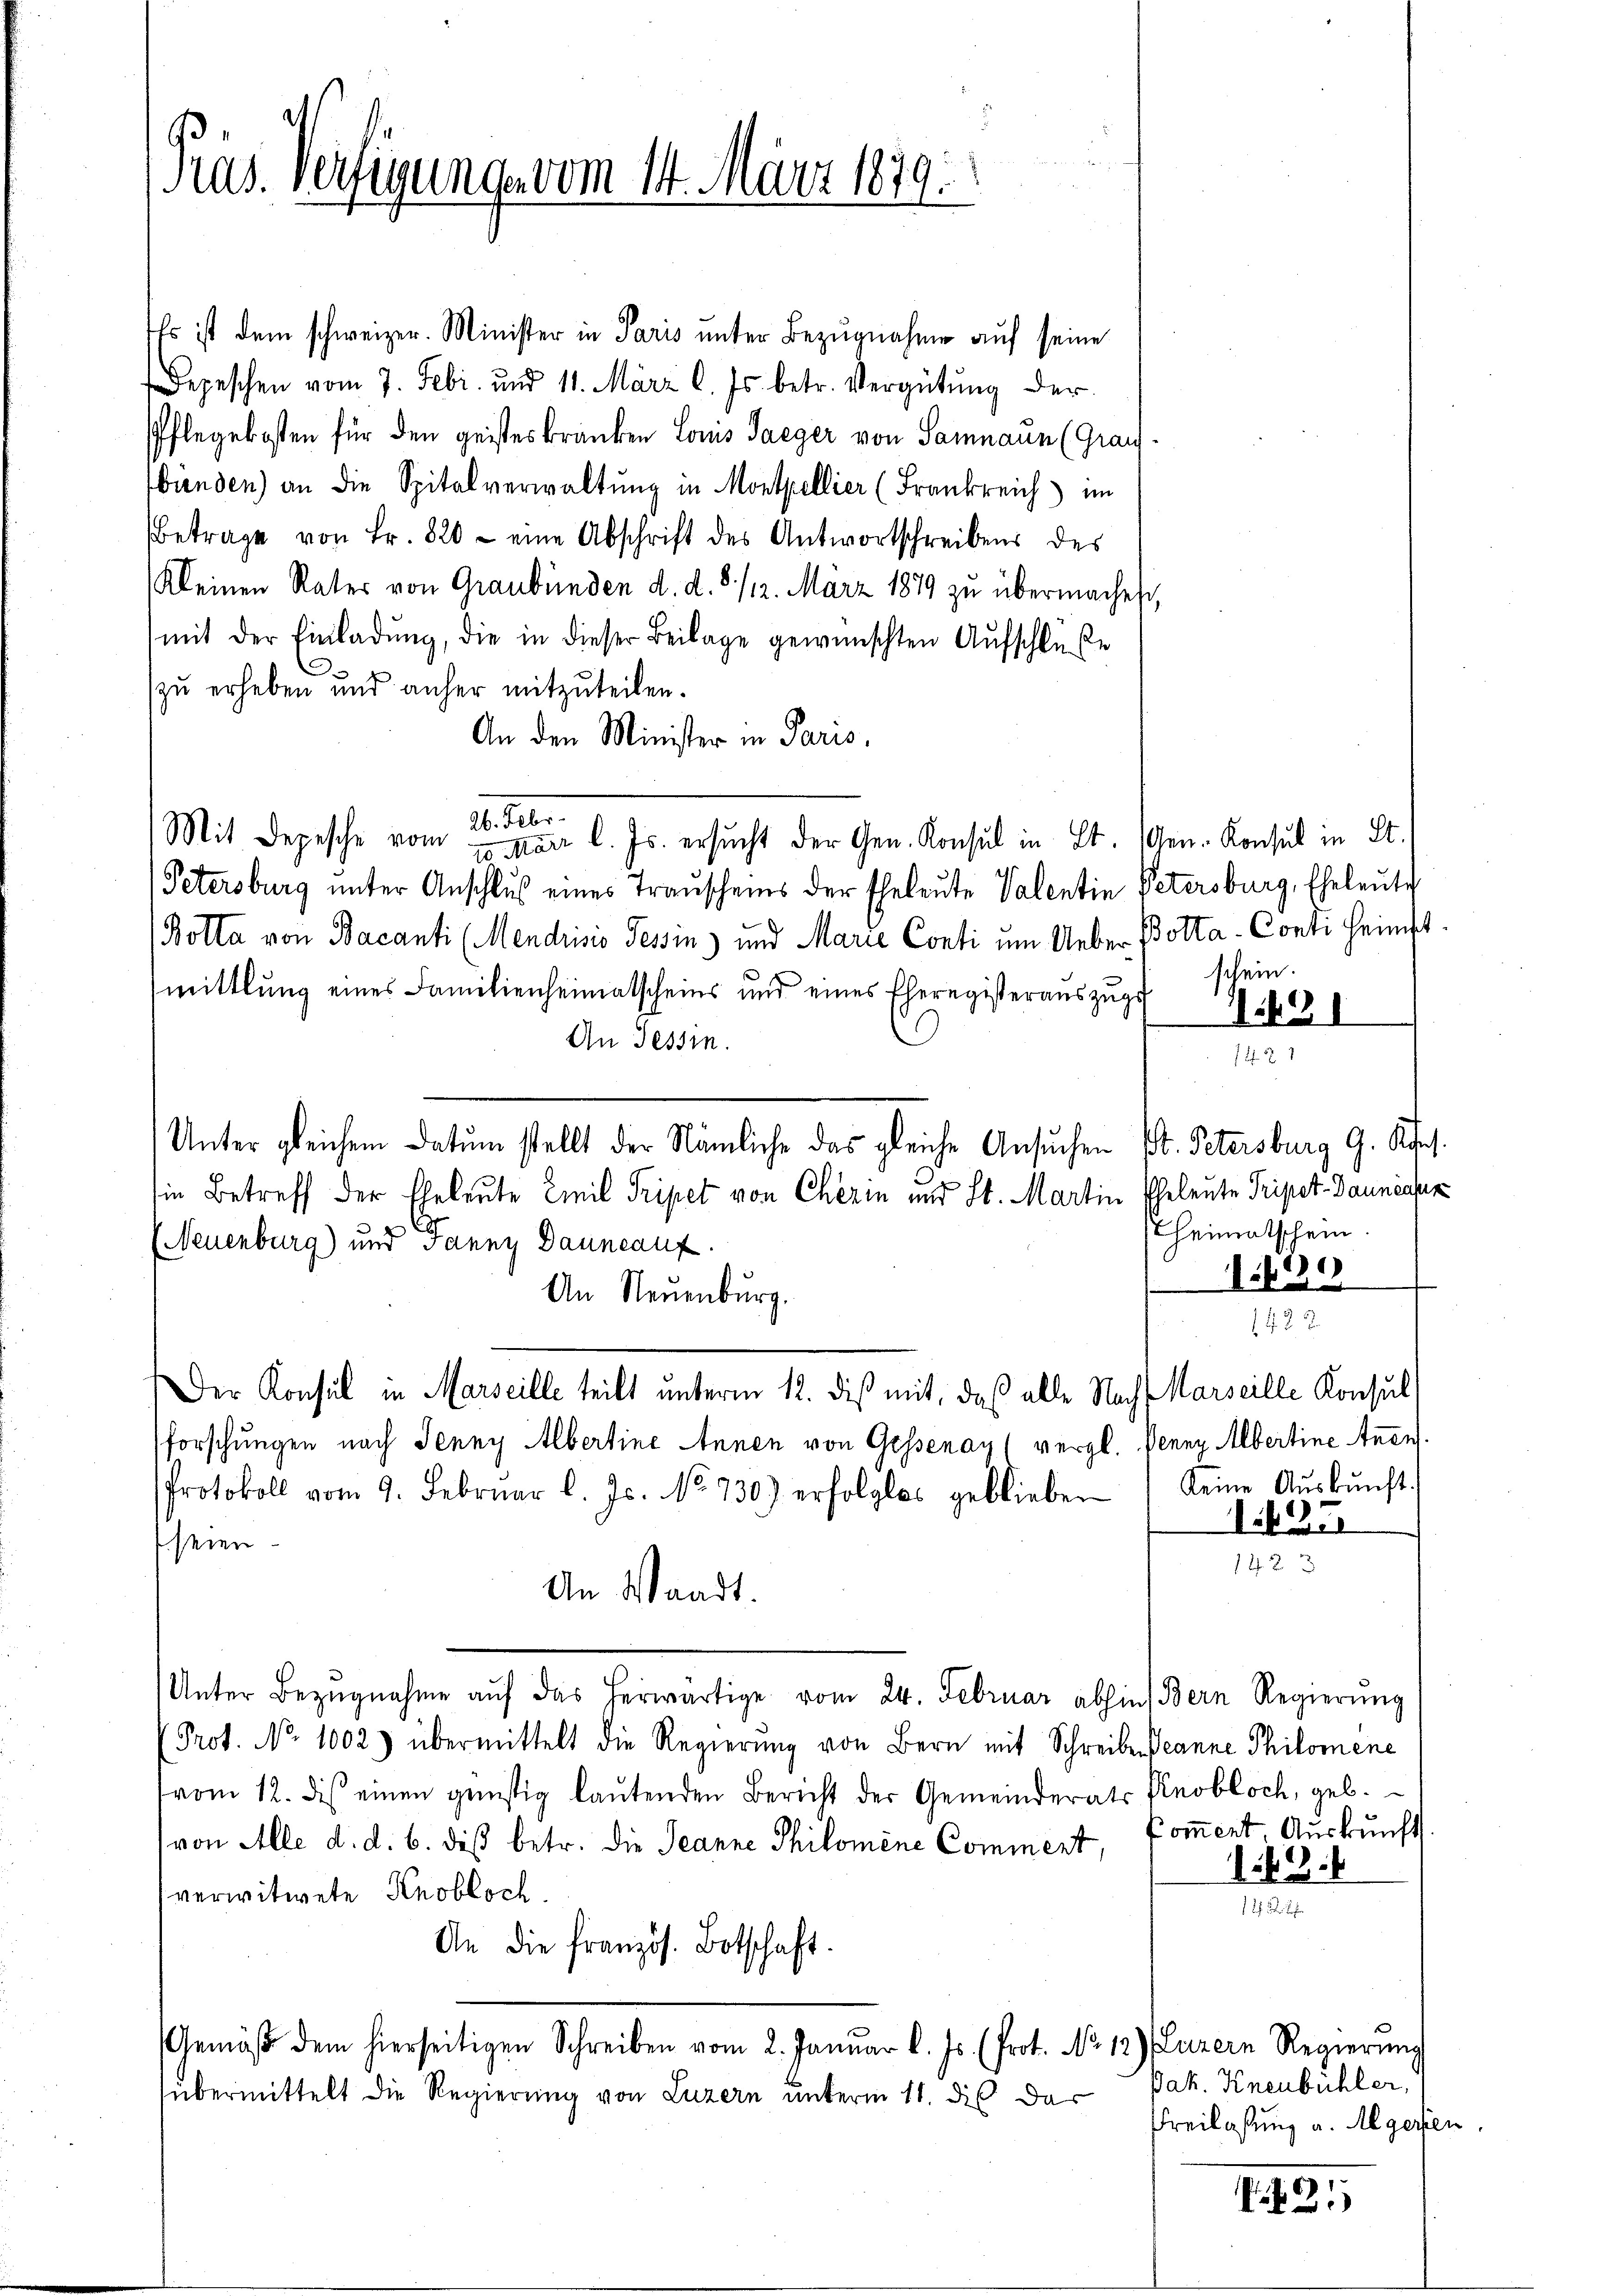
Präs. Verfügung vom 14. März 1879.
e

Es ist dem schweizer. Minister in Paris unter Bezugnahme auf seine
Depeschen vom 7. Febr. und 11. März l. Js. betr. Vergütŭng der
Pflegekosten für den geisteskranken Louis Taeger von Samnaun (Grau-
Wunden) an die Spitalverwaltung in Montpellier (Frankreich im
Betrage von Fr. 820 - eine Abschrift des Antwortschreibens des
Kleinen Rater von Graubünden d. d. 8./12. März 1879 zu übermachen,
mit der Einladung, die in dieser Beilage gewünschten Aufschlüße
zu erheben und anher mitzuteilen.
An den Minister in Paris,
eter
Mit Depesche vom von l. Js. ersŭcht der Gen. Konsul in St. Gen. Konsul in St.
Petersburg unter Anschlus eines Trauscheins der Eheleute Valentin Petersburg, Eheleute
Botta von Bacanti (Mendrisis Tessin und Marie Conti um Ueber Botta-Conti heimst
mittlung eines Familienheimatscheins und eines Eheregisteraŭszŭgs schein.
An Tessin.
Unter gleichem Datum stellt der Nämliche das gleiche Ansuchen St. Petersburg G. Kfes.
in Betreff der Eheleute Emil Tripet von Cherin und St. Martin Eheleute Pripet-Banniaper
(Neuenburg) und Janny Gauneauf
An Neuenburg.
Der Konsul in Marseille teilt unterm 12. diß mit, daß alle Nach Marseille Konsul
forschungen nach Jenny Albertine Annen von Gessenay (vergl. Pennz Albertine Aner
Protokoll vom 9. Febrŭar l. Js. No. 730) erfolglos geblieben, keine Aŭskŭnft.
 seien.
An Waadt.
Unter Bezŭgnahme aŭf das herwärtige vom 24. Februar abhin Bern Regierŭng
Prot. No 1002) übermittelt die Regierŭng von Bern mit Schreiben Jeanne Philomene
vom 12. des einen günstig laŭtenden Bericht der Gemeinderats Knobloch, geb.
(von Alle d. d. 6. daß betr. die Jeanne Philomine Commert, Pomment. Auskunft
verwitwete Knobloch.
An die französ. Botschaft.
Gemäβ dem hierseitigen Schreiben vom 2. Januar l. Js. (Prot. No 12) (Luzern Regierung
übermittelt die Regierung von Luzern unterm 11. dis das

12421

heimatschein
1)
128

1625

14.2

149.

Jak. Knenbühler,
Freilassung a. Algerten

.21)

3